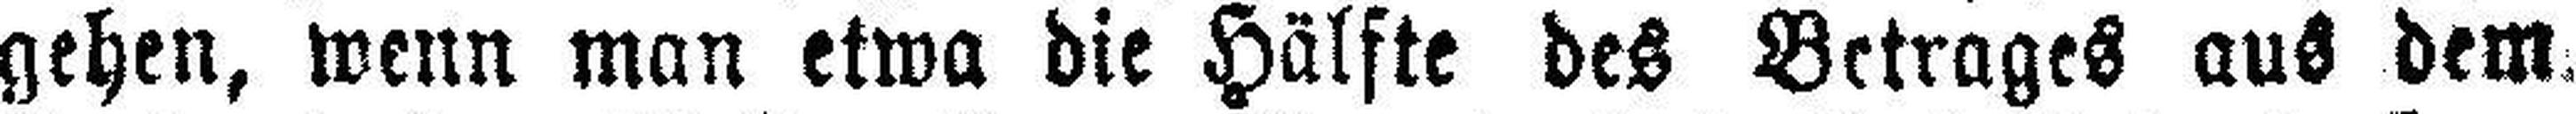
gehen, wenn man etwa die Hälfte des Betrages aus dem.